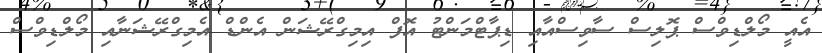
އެއީ މޯލްޑިވްސް ޕޮލިސް ސާވިސްއާއި ޑިޕާޓްމަންޓު އޮފް އިމިގްރޭޝަން އެންޑް އެމިގްރޭޝަނާއި މޯލްޑިވްސް